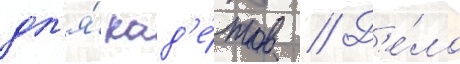
дл'я́ кад'е́тов // Д'е́ло